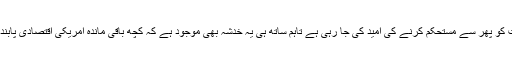
نیوز ایجنسی روئٹرز کے مطابق اس دورے سے جرمنی اور ایران کے مابین تجارتی تعلقات کو پھر سے مستحکم کرنے کی امید کی جا رہی ہے تاہم ساتھ ہی یہ خدشہ بھی موجود ہے کہ کچھ باقی ماندہ امریکی اقتصادی پابندیوں اور سیاسی خدشات کے باعث ان تعلقات کے راستے میں کئی رکاوٹیں بھی آ سکتی ہیں۔